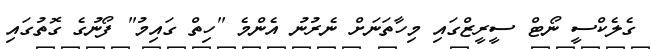
ގެލެކްސީ ނޯޓް ސީރީޒްގައި މިހާތަނަށް ނެރުނު އެންމެ "ހިތް ގައިމު" ފޯނުގެ ގޮތުގައި